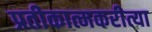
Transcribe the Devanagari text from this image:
प्रतीकात्मकरीत्या